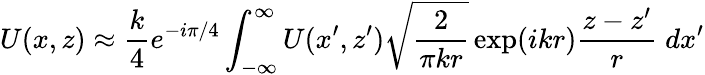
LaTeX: U(x,z)\approx\frac{k}{4}e^{-i\pi/4}\int_{-\infty}^{\infty}U(x^{\prime},z^{\prime})\sqrt{\frac{2}{\pi kr}}\exp(ikr)\frac{z-z^{\prime}}{r}\; d{x^{\prime}}